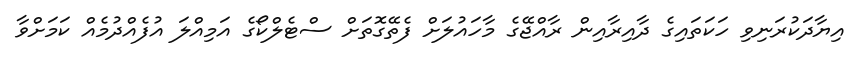
އިޔާދަކުރަނިވި ހަކަތައިގެ ދާއިރާއިން ރާއްޖޭގެ މާހައުލަށް ފެތޭގޮތަށް ސްޓެލްކޯގެ އަމިއްލަ އުފެއްދުމެއް ކަމަށްވާ